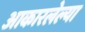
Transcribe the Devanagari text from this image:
आकारलेल्या